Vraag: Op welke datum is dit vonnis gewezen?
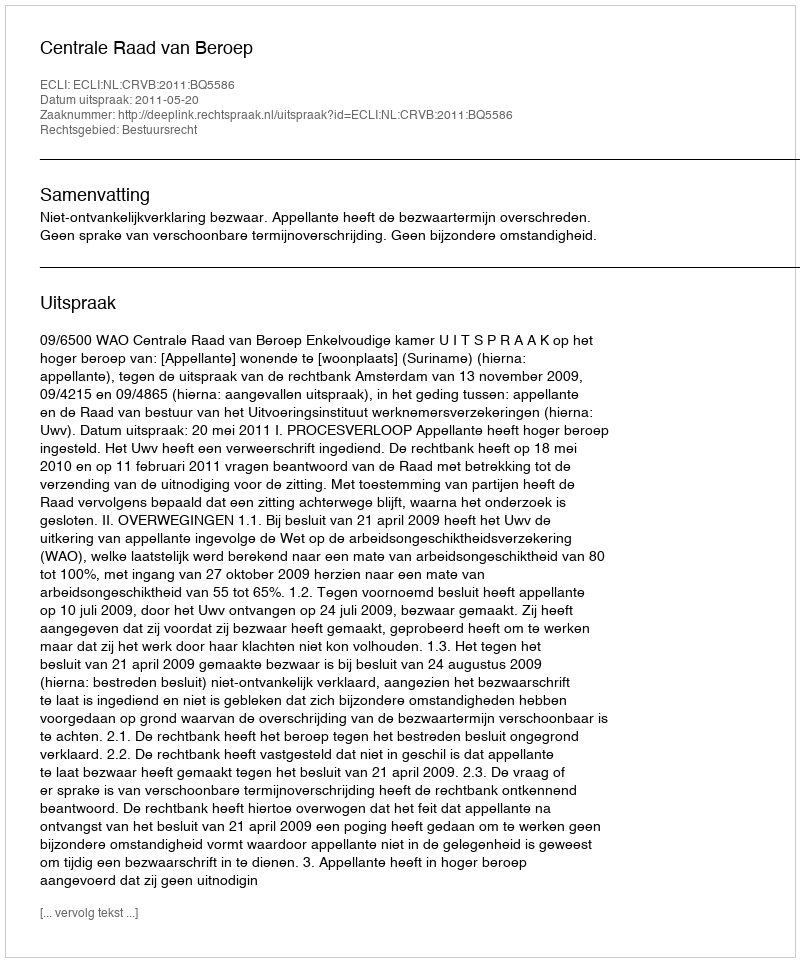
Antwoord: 2011-05-20